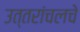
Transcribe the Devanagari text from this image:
उत्तरांचलचे